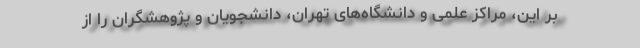
بر این، مراکز علمی و دانشگاه‌های تهران، دانشجویان و پژوهشگران را از